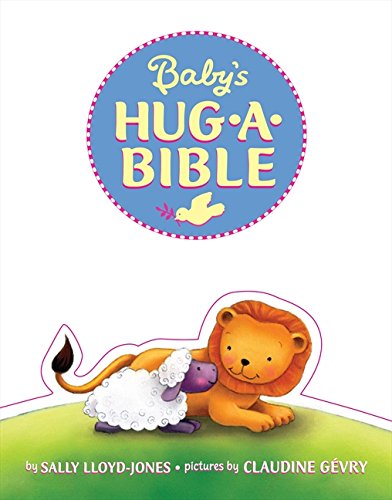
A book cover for Baby's Hug-a-Bible; Sally Lloyd-Jones; Children's Books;